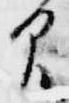
間